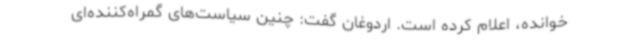
خوانده، اعلام کرده است. اردوغان گفت: چنین سیاست‌های گمراه‌کننده‌ای